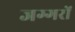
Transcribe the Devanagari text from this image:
जग्गरों